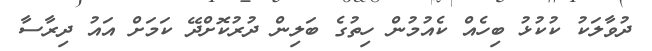
ދުވާލަކު ކުކުޅު ބިހެއް ކެއުމުން ހިތުގެ ބަލިން ދުރުކޮށްދޭ ކަމަށް އައު ދިރާސާ